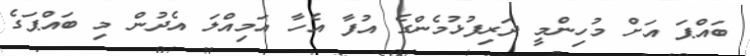
ބައްޕަ އަށް މުހިންމީ ދަރިފުޅުމެންގެ އުފާ އެހާ އަމިއްލަ އެދުން މި ބައްޕަގެ